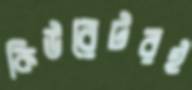
কিউরেটরই